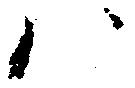
ハ